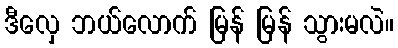
ဒီလှေ ဘယ်လောက် မြန် မြန် သွားမလဲ။